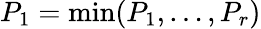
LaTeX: P_{1}=\operatorname*{min}(P_{1},\dots,P_{r})